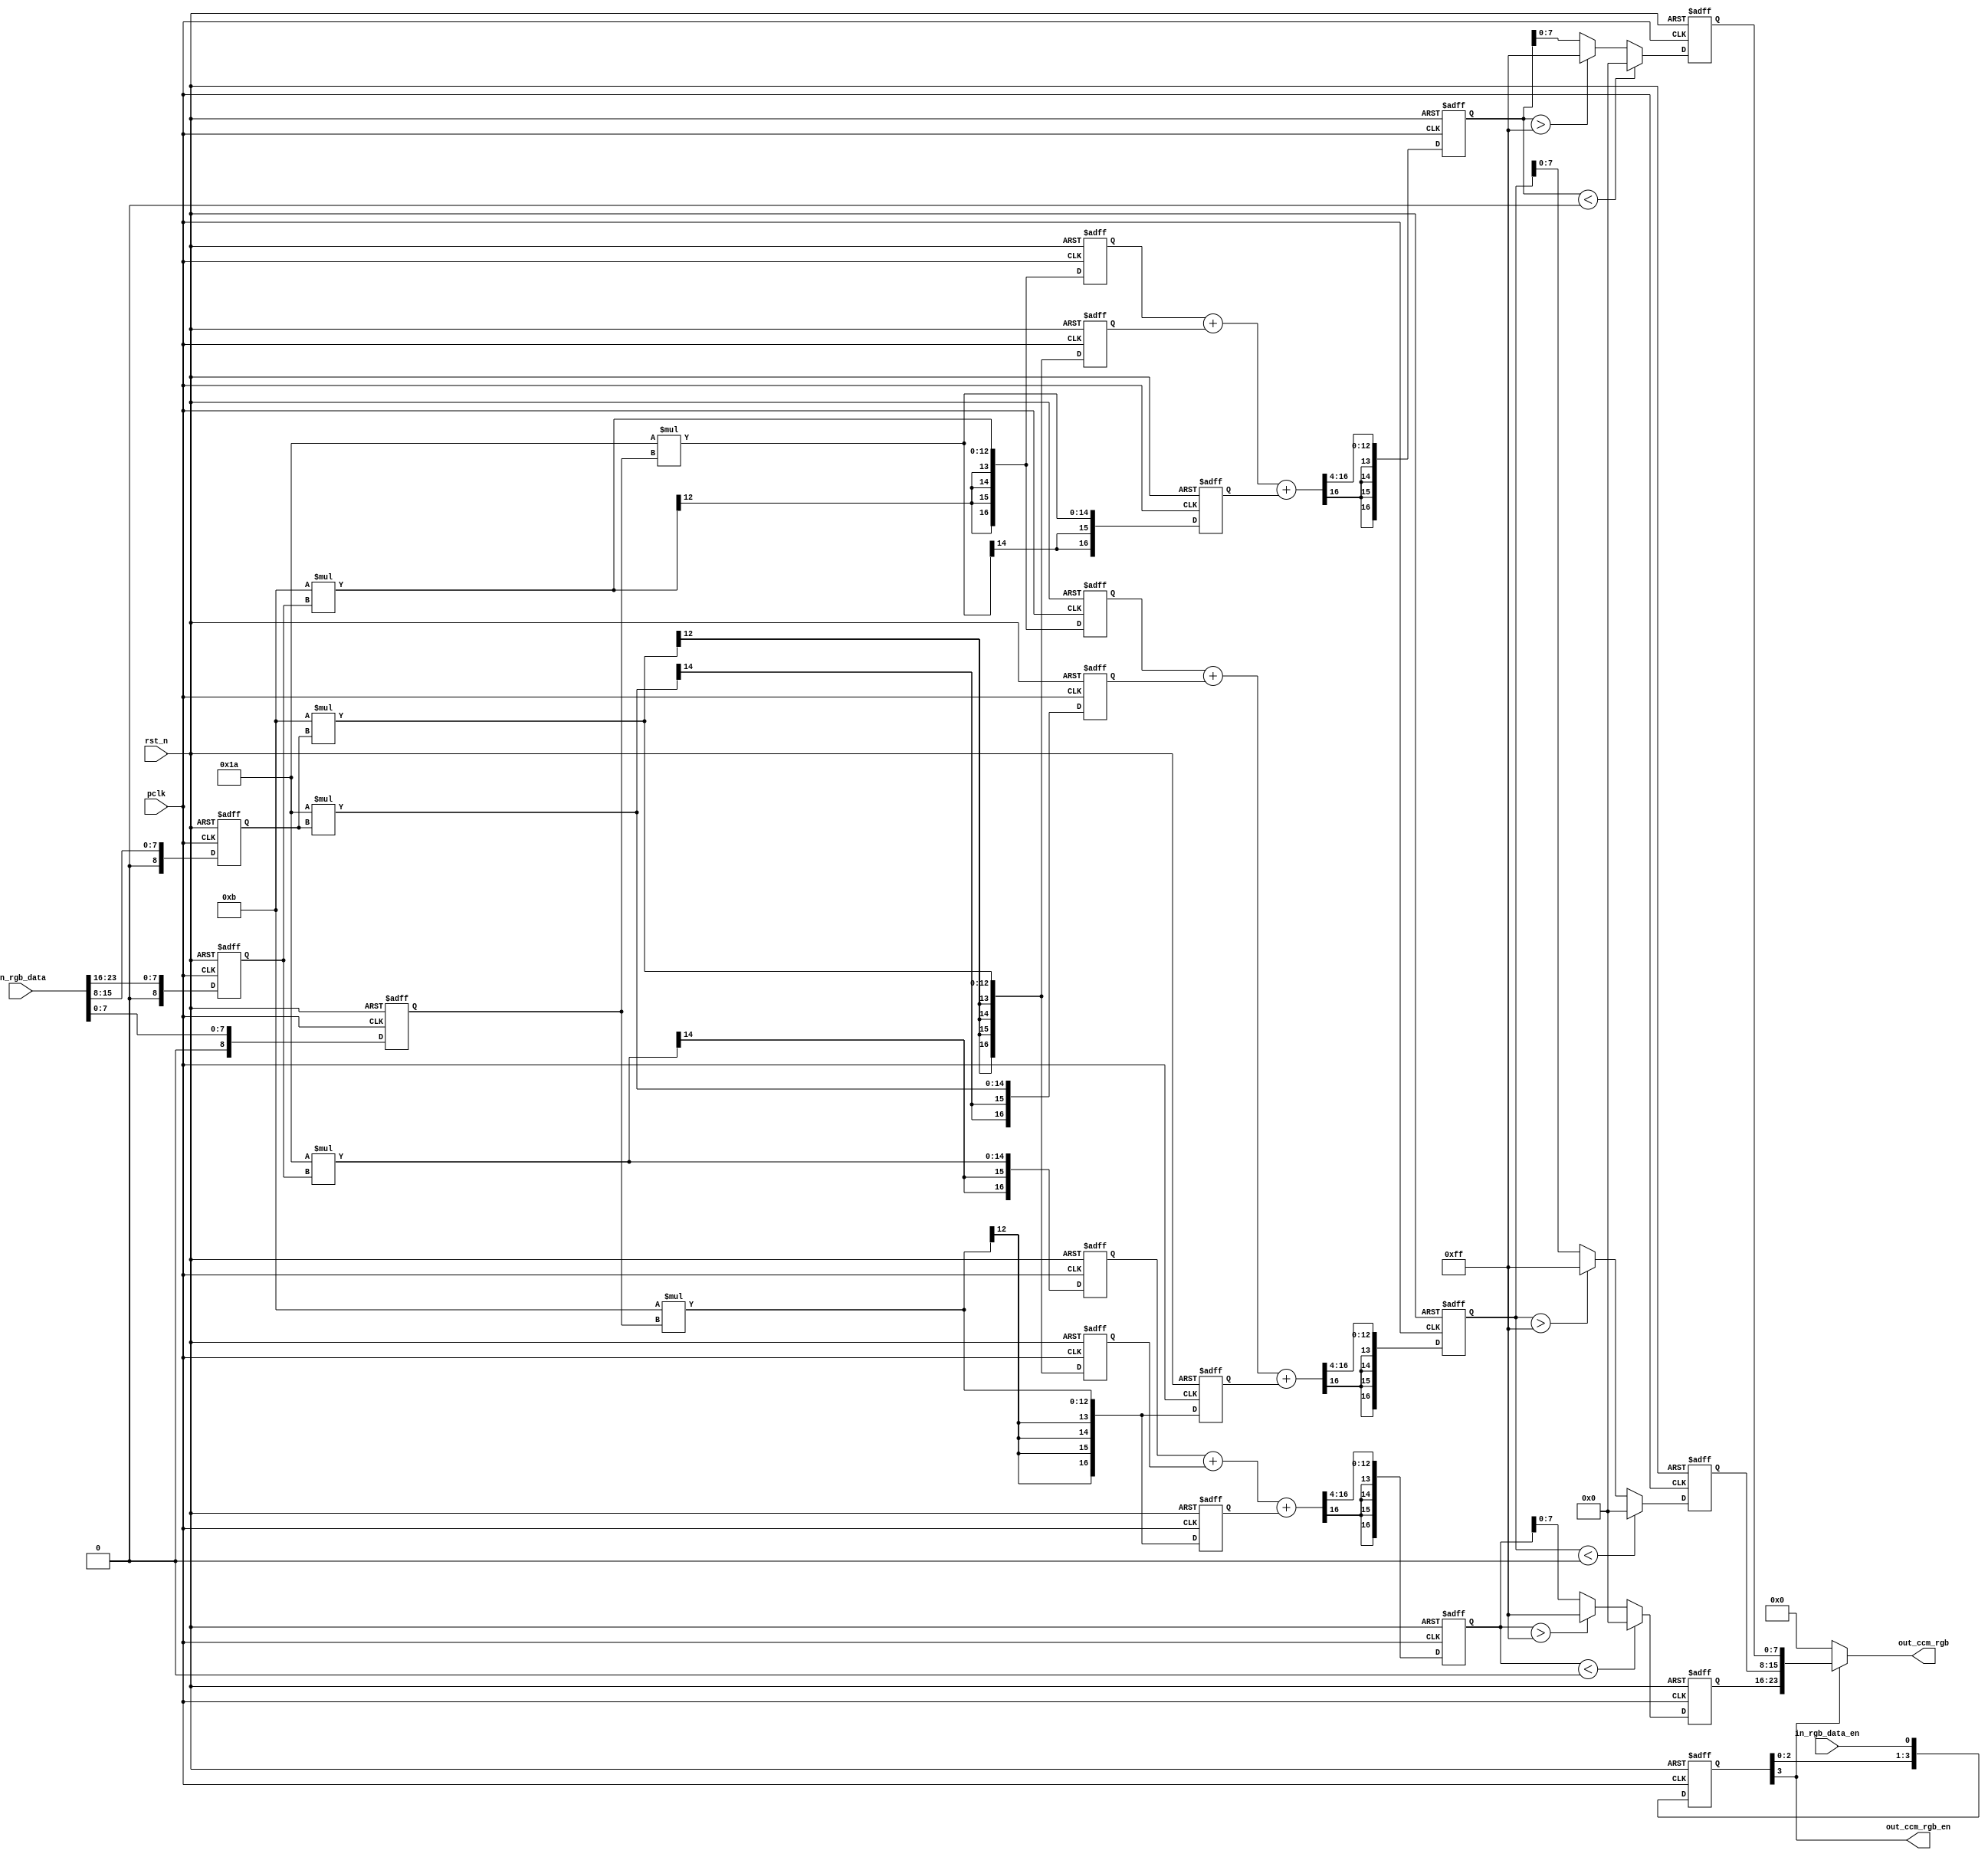
/*************************************************************************
    > File Name: isp_ccm.v
    > Author: bxq
    > Mail: 544177215@qq.com
    > Created Time: Thu 21 Jan 2021 21:50:04 GMT
 ************************************************************************/
`timescale 1 ns / 1 ps

/*
 * ISP - Color Correction Matrix
 */

module isp_ccm
#(
	parameter BITS = 8,
	parameter WIDTH = 1280,
	parameter HEIGHT = 960
)
(
	input               pclk,
	input               rst_n,

	input               in_rgb_data_en,
	input  [23:0]       in_rgb_data,
	output              out_ccm_rgb_en,
    output [23:0]       out_ccm_rgb
);
	localparam m_rr =  8'sh1a, m_rg = -8'sh05, m_rb = -8'sh05;//
	localparam m_gr = -8'sh05, m_gg =  8'sh1a, m_gb = -8'sh05;//
	localparam m_br = -8'sh05, m_bg = -8'sh05, m_bb =  8'sh1a;//
	// [Rout]   [Mrr, Mrg, Mrb]   [Rin]
	// [Gout] = [Mgr, Mgg, Mgb] * [Gin]
	// [Bout]   [Mbr, Mbg, Mbb]   [Bin]

    wire [BITS-1:0] in_r;
    wire [BITS-1:0] in_g;
    wire [BITS-1:0] in_b;
    assign in_r = in_rgb_data[23:16];
    assign in_g = in_rgb_data[15:8];
    assign in_b = in_rgb_data[7:0];

	reg signed [BITS:0] in_r_1, in_g_1, in_b_1;
	always @ (posedge pclk or negedge rst_n) begin
		if (!rst_n) begin
			in_r_1 <= 0;
			in_g_1 <= 0;
			in_b_1 <= 0;
		end
		else begin
			in_r_1 <= {1'b0, in_r};
			in_g_1 <= {1'b0, in_g};
			in_b_1 <= {1'b0, in_b};
		end
	end

	reg signed [BITS+8:0] data_rr, data_rg, data_rb;
	reg signed [BITS+8:0] data_gr, data_gg, data_gb;
	reg signed [BITS+8:0] data_br, data_bg, data_bb;
	always @ (posedge pclk or negedge rst_n) begin
		if (!rst_n) begin
			data_rr <= 0;
			data_rg <= 0;
			data_rb <= 0;
			data_gr <= 0;
			data_gg <= 0;
			data_gb <= 0;
			data_br <= 0;
			data_bg <= 0;
			data_bb <= 0;
		end
		else begin
			data_rr <= m_rr * in_r_1;
			data_rg <= m_rg * in_g_1;
			data_rb <= m_rb * in_b_1;
			data_gr <= m_gr * in_r_1;
			data_gg <= m_gg * in_g_1;
			data_gb <= m_gb * in_b_1;
			data_br <= m_br * in_r_1;
			data_bg <= m_bg * in_g_1;
			data_bb <= m_bb * in_b_1;
		end
	end

	reg signed [BITS+8:0] data_r, data_g, data_b;
	always @ (posedge pclk or negedge rst_n) begin
		if (!rst_n) begin
			data_r <= 0;
			data_g <= 0;
			data_b <= 0;
		end
		else begin
			data_r <= (data_rr + data_rg + data_rb) >>> 4;
			data_g <= (data_gr + data_gg + data_gb) >>> 4;
			data_b <= (data_br + data_bg + data_bb) >>> 4;
		end
	end

	reg [BITS-1:0] data_r_1, data_g_1, data_b_1;
	always @ (posedge pclk or negedge rst_n) begin
		if (!rst_n) begin
			data_r_1 <= 0;
			data_g_1 <= 0;
			data_b_1 <= 0;
		end
		else begin
			data_r_1 <= data_r < 8'sd0 ? {BITS{1'b0}} : (data_r > {BITS{1'b1}} ? {BITS{1'b1}} : data_r[BITS-1:0]);
			data_g_1 <= data_g < 8'sd0 ? {BITS{1'b0}} : (data_g > {BITS{1'b1}} ? {BITS{1'b1}} : data_g[BITS-1:0]);
			data_b_1 <= data_b < 8'sd0 ? {BITS{1'b0}} : (data_b > {BITS{1'b1}} ? {BITS{1'b1}} : data_b[BITS-1:0]);
		end
	end

	localparam DLY_CLK = 4;
	reg [DLY_CLK-1:0] out_ccm_rgb_en_dly;
	always @ (posedge pclk or negedge rst_n) begin
		if (!rst_n) begin
			out_ccm_rgb_en_dly <= 0;
		end
		else begin
			out_ccm_rgb_en_dly <= {out_ccm_rgb_en_dly[DLY_CLK-2:0], in_rgb_data_en};
		end
	end

	assign out_ccm_rgb_en = out_ccm_rgb_en_dly[DLY_CLK-1];
	// assign out_r = out_ccm_data_en ? data_r_1 : {BITS{1'b0}};
	// assign out_g = out_ccm_data_en ? data_g_1 : {BITS{1'b0}};
	// assign out_b = out_ccm_data_en ? data_b_1 : {BITS{1'b0}};
    assign out_ccm_rgb = out_ccm_rgb_en ? {data_r_1,data_g_1,data_b_1} : 24'd0;
endmodule